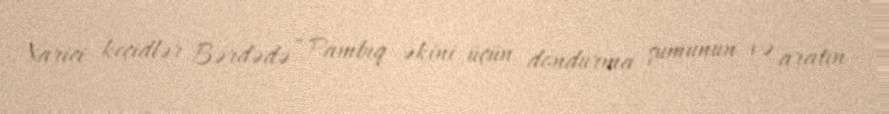
Xarici keçidlər Bərdədə “Pambıq əkini üçün dondurma şumunun və aratın